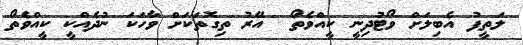
ލަތީފު އެބިލަށް ވޯޓުދިނީ ކީއްވެތޯ  އޭރު ތިގޮތަކަށް ވާހަކަ ނުދެއްކީ ކީއްވެތޯ